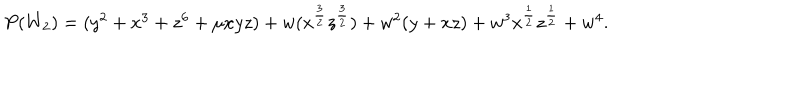
LaTeX: \begin{array} { l c r } { { P ( W _ { 2 } ) = ( y ^ { 2 } + x ^ { 3 } + z ^ { 6 } + \mu x y z ) + w ( x ^ { { \frac { 3 } { 2 } } } z ^ { { \frac { 3 } { 2 } } } ) + w ^ { 2 } ( y + x z ) + w ^ { 3 } x ^ { { \frac { 1 } { 2 } } } z ^ { { \frac { 1 } { 2 } } } + w ^ { 4 } . } } \\ \end{array}